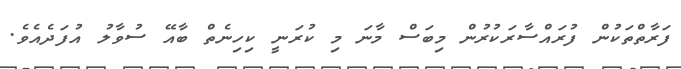
ފަރާތްތަކުން ފުރައްސާރަކުރުން މިބަސް މާނަ މި ކުރަނީ ކިހިނެތް ބާއޭ ސުވާލު އުފަދެއެވެ.